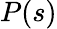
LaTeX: P(s)